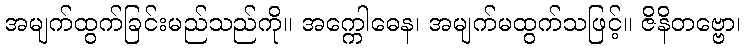
အမျက်ထွက်ခြင်းမည်သည်ကို။ အက္ကေါဓေန၊ အမျက်မထွက်သဖြင့်။ ဇိနိတဗ္ဗော၊